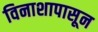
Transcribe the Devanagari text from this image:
विनाशापासून